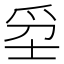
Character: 𤔊